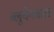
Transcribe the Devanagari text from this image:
ब्लूयेनबाख़